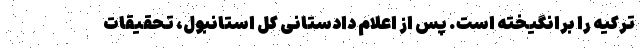
ترکیه را برانگیخته است. پس از اعلام دادستانی کل استانبول، تحقیقات